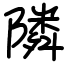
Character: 隣